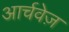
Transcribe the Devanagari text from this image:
आर्चवेज़